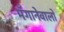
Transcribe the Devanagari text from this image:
मँगानेवालों